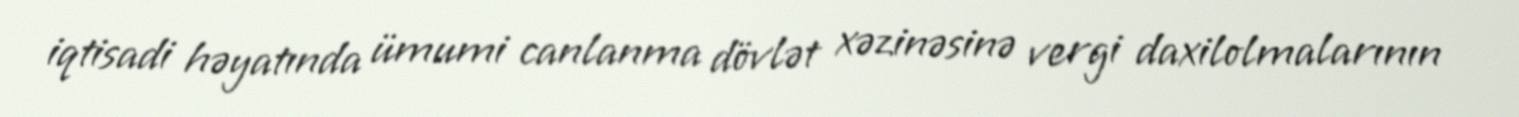
iqtisadi həyatında ümumi canlanma dövlət xəzinəsinə vergi daxilolmalarının